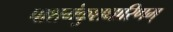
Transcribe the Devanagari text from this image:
पाशमंकुशधारिणम्